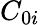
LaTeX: C_{0i}